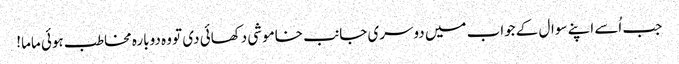
جب اُسے اپنے سوال کے جواب میں دوسری جانب خاموشی دکھائی دی تو وہ دوبارہ مخاطب ہوئی ماما!